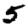
Digit: 5